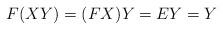
LaTeX: \begin{align*}F(XY)=(FX)Y=EY=Y\end{align*}